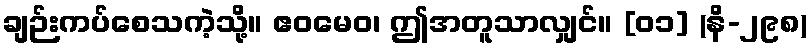
ချဉ်းကပ်စေသကဲ့သို့။ ဧဝမေဝ၊ ဤအတူသာလျှင်။ [၀၁] (နိ-၂၉၈)